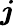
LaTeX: \boldsymbol{j}